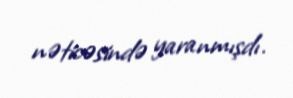
nəticəsində yaranmışdı.